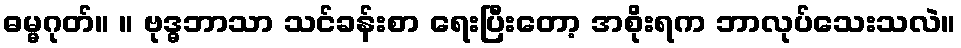
ဓမ္မဂုတ်။ ။ ဗုဒ္ဓဘာသာ သင်ခန်းစာ ရေးပြီးတော့ အစိုးရက ဘာလုပ်သေးသလဲ။